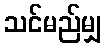
သင်မည်မျှ